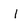
Character: I